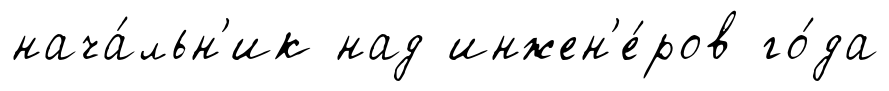
нача́льн'ик над инжен'е́ров го́да